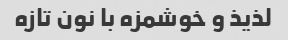
لذیذ و خوشمزه با نون تازه